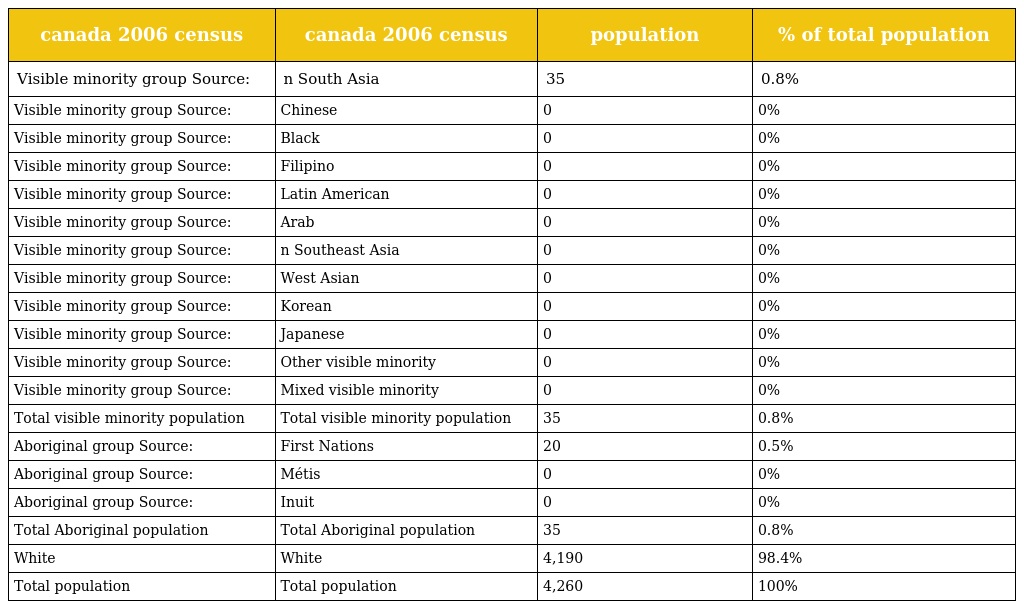
| canada 2006 census | canada 2006 census | population | % of total population |
 | --- | --- | --- | --- |
 | Visible minority group Source: | n South Asia | 35 | 0.8% |
 | Visible minority group Source: | Chinese | 0 | 0% |
 | Visible minority group Source: | Black | 0 | 0% |
 | Visible minority group Source: | Filipino | 0 | 0% |
 | Visible minority group Source: | Latin American | 0 | 0% |
 | Visible minority group Source: | Arab | 0 | 0% |
 | Visible minority group Source: | n Southeast Asia | 0 | 0% |
 | Visible minority group Source: | West Asian | 0 | 0% |
 | Visible minority group Source: | Korean | 0 | 0% |
 | Visible minority group Source: | Japanese | 0 | 0% |
 | Visible minority group Source: | Other visible minority | 0 | 0% |
 | Visible minority group Source: | Mixed visible minority | 0 | 0% |
 | Total visible minority population | Total visible minority population | 35 | 0.8% |
 | Aboriginal group Source: | First Nations | 20 | 0.5% |
 | Aboriginal group Source: | Métis | 0 | 0% |
 | Aboriginal group Source: | Inuit | 0 | 0% |
 | Total Aboriginal population | Total Aboriginal population | 35 | 0.8% |
 | White | White | 4,190 | 98.4% |
 | Total population | Total population | 4,260 | 100% |